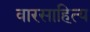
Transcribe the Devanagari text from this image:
वारसाहित्य